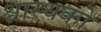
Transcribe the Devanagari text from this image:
श्वास्थको